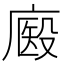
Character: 𢊘